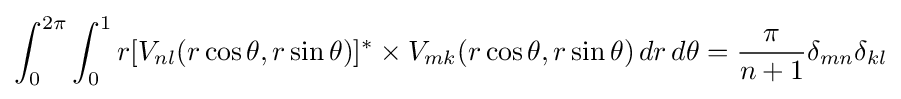
\int _{0}^{2\pi }\int _{0}^{1}r[V_{nl}(r\cos \theta ,r\sin \theta )]^{*}\times V_{mk}(r\cos \theta ,r\sin \theta )\,dr\,d\theta ={\frac {\pi }{n+1}}\delta _{mn}\delta _{kl}